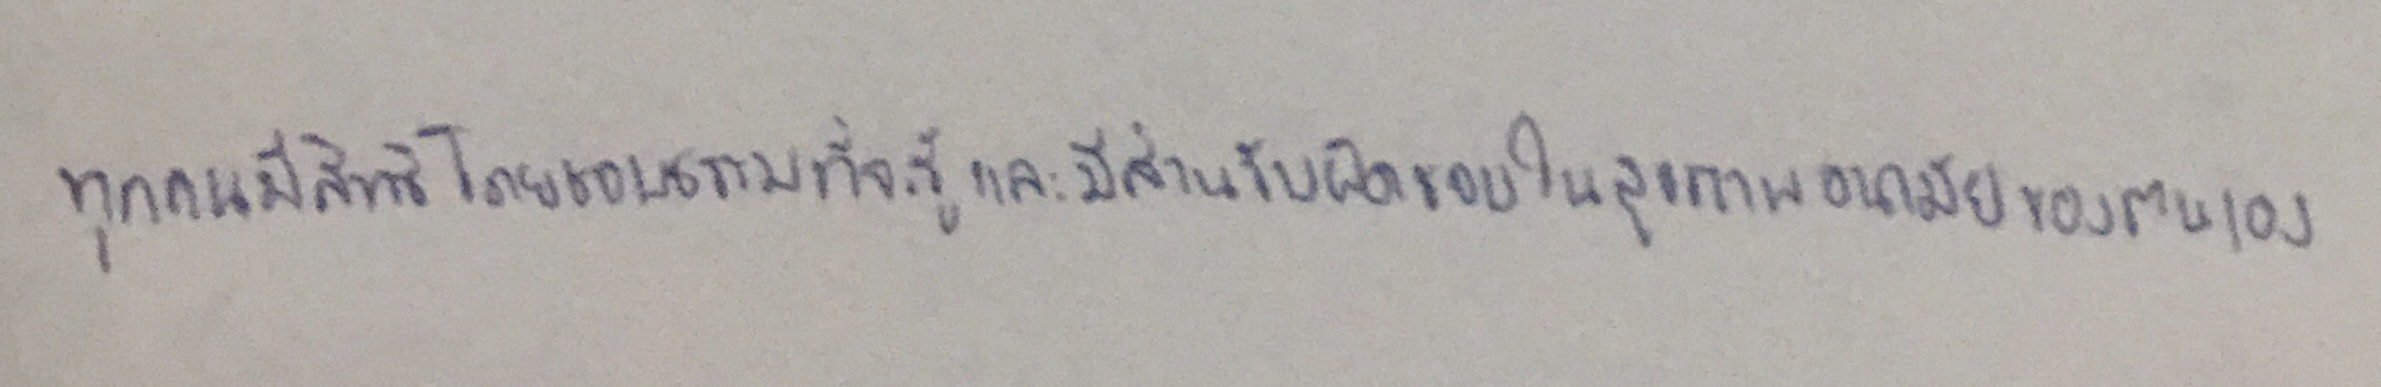
ทุกคนมีสิทธิโดยชอบธรรมที่จะรู้และมีส่วนรับผิดชอบในสุขภาพอนามัยของตนเอง